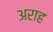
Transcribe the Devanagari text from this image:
अराह